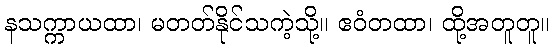
နသက္ကာယထာ၊ မတတ်နိုင်သကဲ့သို့။ ဧဝံတထာ၊ ထို့အတူတူ။